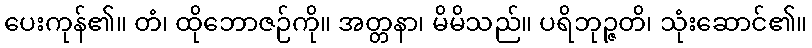
ပေးကုန်၏။ တံ၊ ထိုဘောဇဉ်ကို။ အတ္တနာ၊ မိမိသည်။ ပရိဘုဉ္ဇတိ၊ သုံးဆောင်၏။